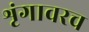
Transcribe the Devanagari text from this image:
शृंगावरच